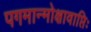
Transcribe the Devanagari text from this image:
पगमान्मोक्षावाप्तिः